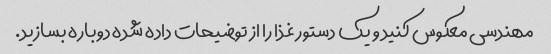
مهندسی معکوس کنید و یک دستور غذا را از توضیحات داده شده دوباره بسازید.